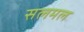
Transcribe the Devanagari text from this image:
सलमल